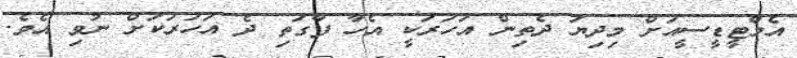
އެމްޓީޑީސީއަށް މިދިޔަ ދެތިން އަހަރަކީ އެހާ ފާގަތި ދެ އަހަރަކަށް ނުވި އެވެ.